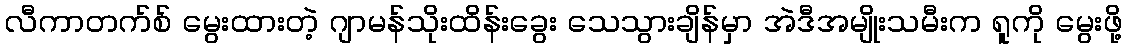
လီကာတက်စ် မွေးထားတဲ့ ဂျာမန်သိုးထိန်းခွေး သေသွားချိန်မှာ အဲဒီအမျိုးသမီးက ရူကို မွေးဖို့